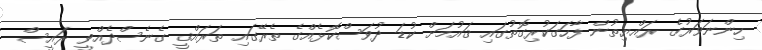
ހިންނަވަރުގެ ރައްޔިތުން ފާހަގަކުރިގޮތުގައި ޤައުމަށް ކުޑަ ދުވަސްކޮޅެއްގެ ތެރޭގައި ތަރައްޤީ ގެނެސްދެއްވީ ރައީސް